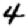
Digit: 4